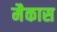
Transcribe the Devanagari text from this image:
मैकास